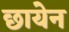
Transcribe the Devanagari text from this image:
छायेन